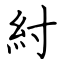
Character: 紂